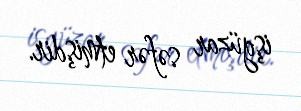
işgüzar səfər etmişdir.